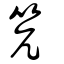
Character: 笐